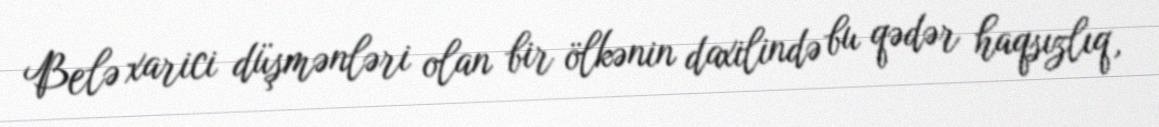
Belə xarici düşmənləri olan bir ölkənin daxilində bu qədər haqsızlıq,